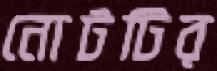
নোটটির